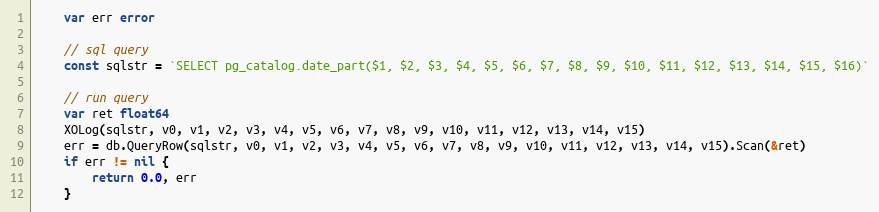
Language: Go
	var err error

	// sql query
	const sqlstr = `SELECT pg_catalog.date_part($1, $2, $3, $4, $5, $6, $7, $8, $9, $10, $11, $12, $13, $14, $15, $16)`

	// run query
	var ret float64
	XOLog(sqlstr, v0, v1, v2, v3, v4, v5, v6, v7, v8, v9, v10, v11, v12, v13, v14, v15)
	err = db.QueryRow(sqlstr, v0, v1, v2, v3, v4, v5, v6, v7, v8, v9, v10, v11, v12, v13, v14, v15).Scan(&ret)
	if err != nil {
		return 0.0, err
	}